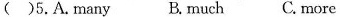
()5.A.many B.much C.more